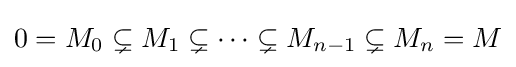
0=M_{0}\subsetneq M_{1}\subsetneq \cdots \subsetneq M_{n-1}\subsetneq M_{n}=M